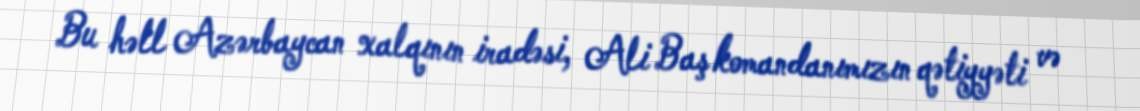
Bu həll Azərbaycan xalqının iradəsi, Ali Baş komandanımızın qətiyyəti və